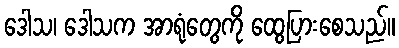
ဒေါသ၊ ဒေါသက အာရုံတွေကို ထွေပြားစေသည်။